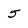
Character: 5